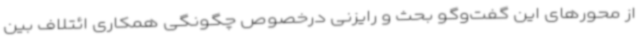
از محورهای این گفت‌وگو بحث و رایزنی درخصوص چگونگی همکاری ائتلاف بین